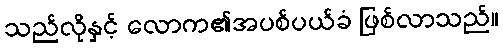
သည်လိုနှင့် လောက၏အပစ်ပယ်ခံ ဖြစ်လာသည်။